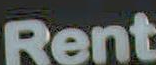
Rent